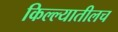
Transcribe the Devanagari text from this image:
किल्ल्यातीलच